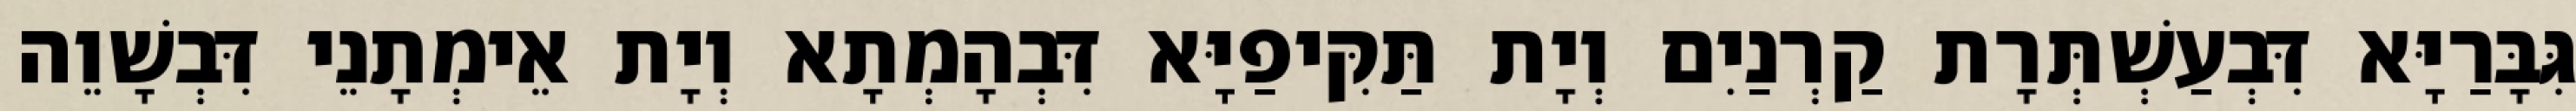
גִּבָּרַיָּא דִּבְעַשְׁתְּרָת קַרְנַיִם וְיָת תַּקִּיפַיָּא דִּבְהָמְתָא וְיָת אֵימְתָנֵי דִּבְשָׁוֵה